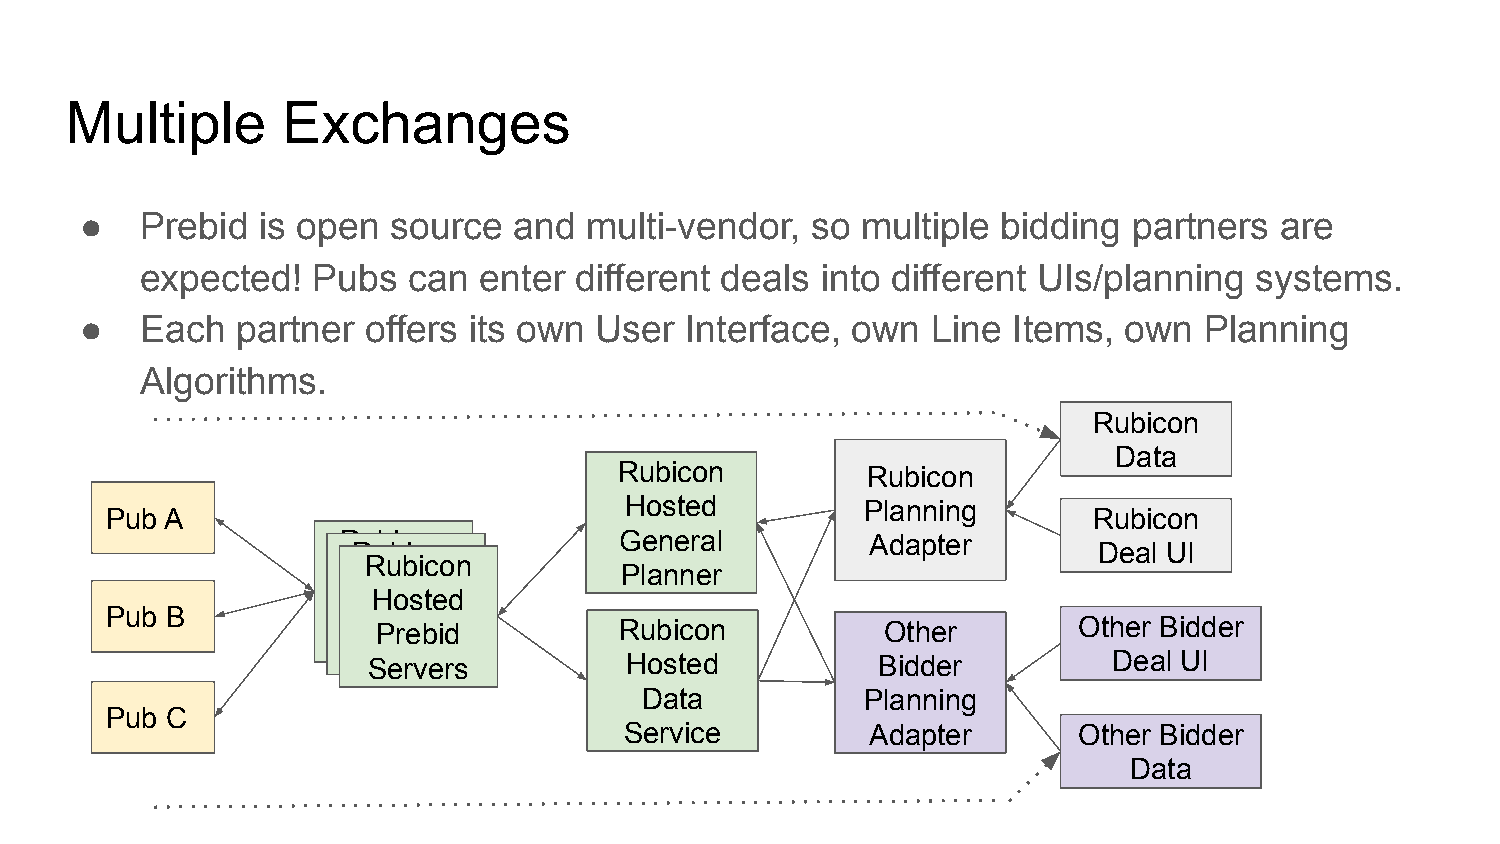
Multiple       Exchanges
 ●   Prebid  is open  source  and  multi-vendor,  so multiple bidding  partners  are
 expected!   Pubs  can  enter different deals into different UIs/planning  systems.
 ●   Each   partner offers its own User  Interface, own   Line Items, own   Planning
 Algorithms.
 Rubicon
 Data
 Rubicon         Rubicon
 Hosted          Planning
 Pub A                                                            Rubicon
 Rubicon           General          Adapter
 Rubicon                                           Deal UI
 Rubicon
 Hosted            Planner
 Hosted
 Hosted
 Prebid
 Pub B            P Pre reb bid id Rubicon           Other       Other Bidder
 Servers
 S Se erv rve ers rs Hosted        Bidder          Deal UI
 Data           Planning
 Pub C
 Service          Adapter      Other Bidder
 Data